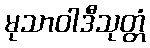
မုသာဝါဒီသုတ္တံ